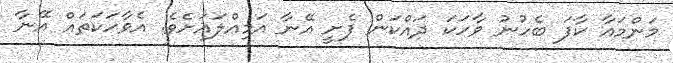
މަންމައާ ކާފަ ބެހުނު ވާހަކަ ދައްކަން ފެށީ އޭނާ އަމިއްލައަށެވެ. އެވާހަކަތައް އޭނާ